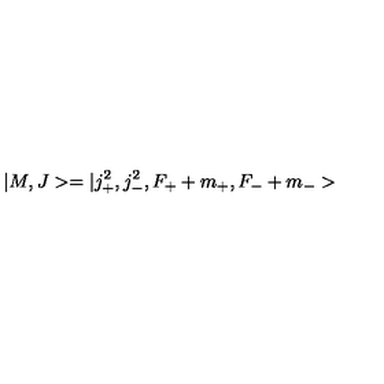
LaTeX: | M , J > = | j _ { + } ^ { 2 } , j _ { - } ^ { 2 } , F _ { + } + m _ { + } , F _ { - } + m _ { - } >